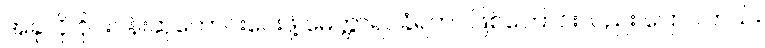
အခုလို ဝိုင်းဝန်းဆုတောင်းပေးဖို့ မေတ္တာရပ်ခံရတာ ဖြစ်ကြောင်းလည်း ပြောပါတယ်။